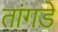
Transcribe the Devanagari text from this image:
तांगडे